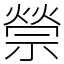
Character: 禜